65_HS1-834228961_62-HQ-83894_Section_2
Agency: FBI
Page 86
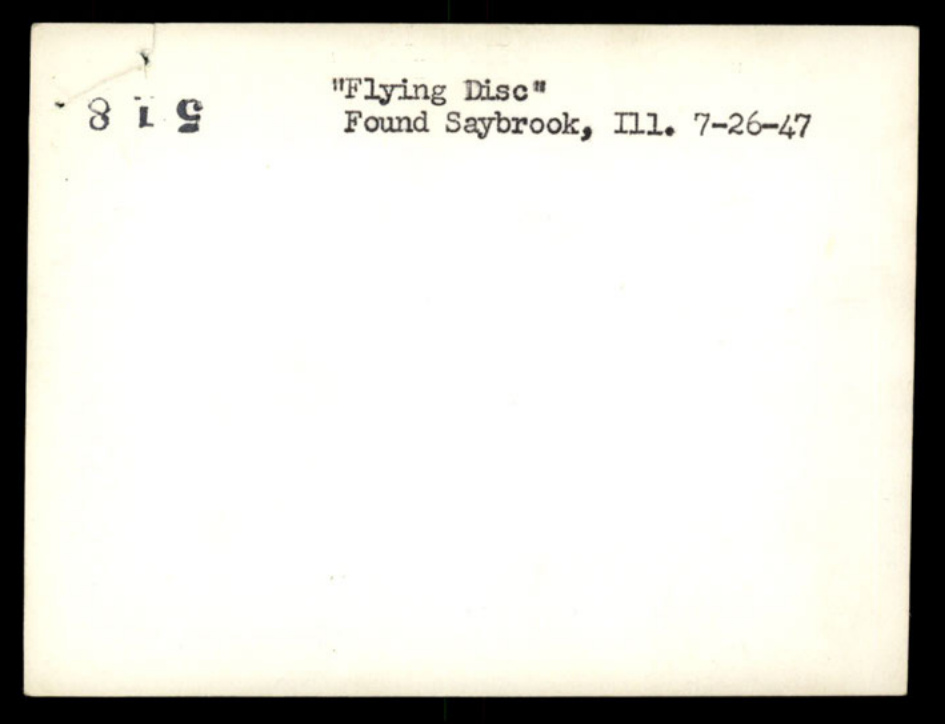